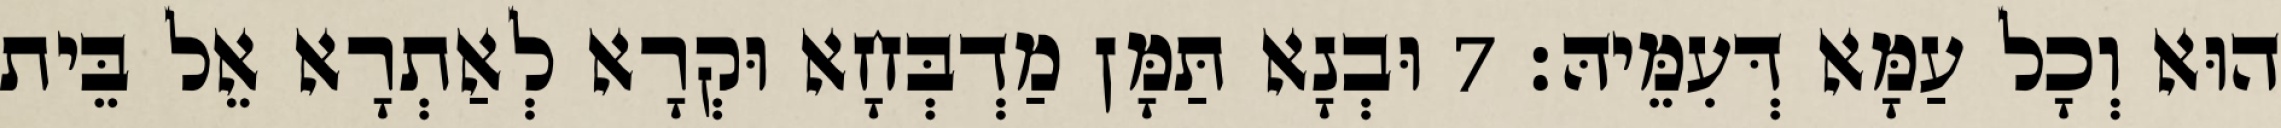
הוּא וְכָל עַמָּא דְּעִמֵּיהּ׃ 7 וּבְנָא תַּמָּן מַדְבְּחָא וּקְרָא לְאַתְרָא אֵל בֵּית